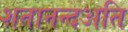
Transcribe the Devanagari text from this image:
शतानन्दअति